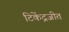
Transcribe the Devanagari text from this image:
टिकेंद्रजीत